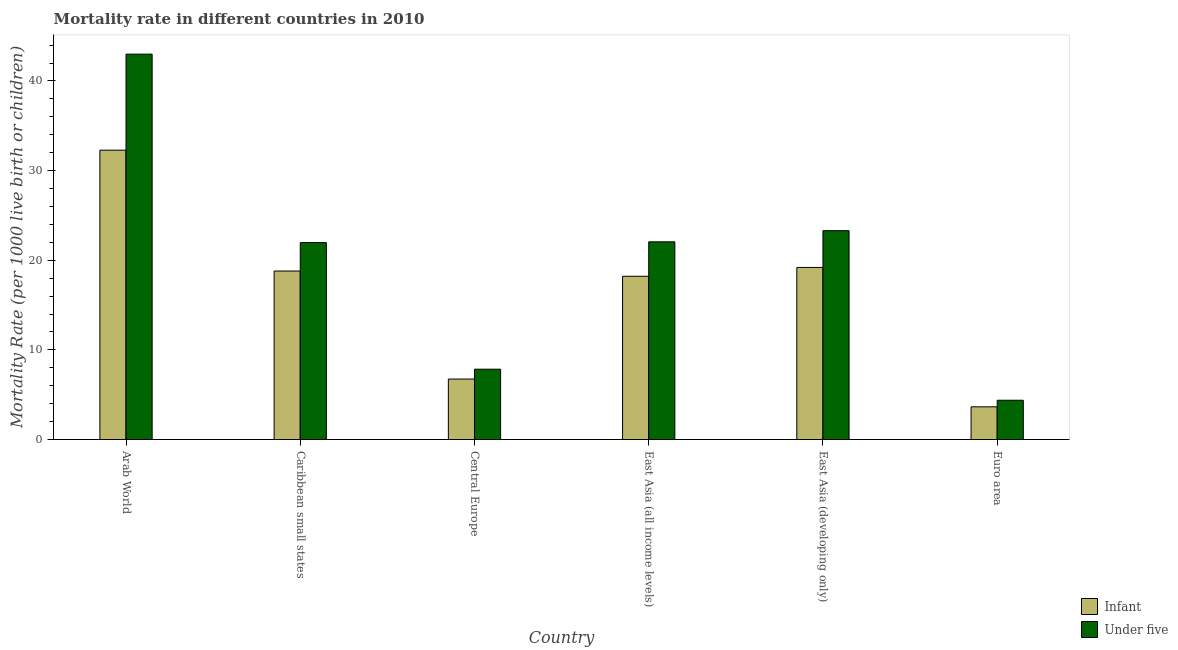
| Country | Infant | Under five |
 | --- | --- | --- |
 | Arab World | 32.3 | 43 |
 | Caribbean small states | 18.8 | 22 |
 | Central Europe | 6.75 | 7.85 |
 | East Asia (all income levels) | 18.2 | 22.1 |
 | East Asia (developing only) | 19.2 | 23.3 |
 | Euro area | 3.65 | 4.38 |